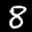
Label: 8